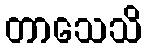
တာသေသိ